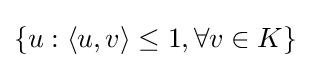
\{u:\langle u,v\rangle \leq 1,\forall v\in K\}